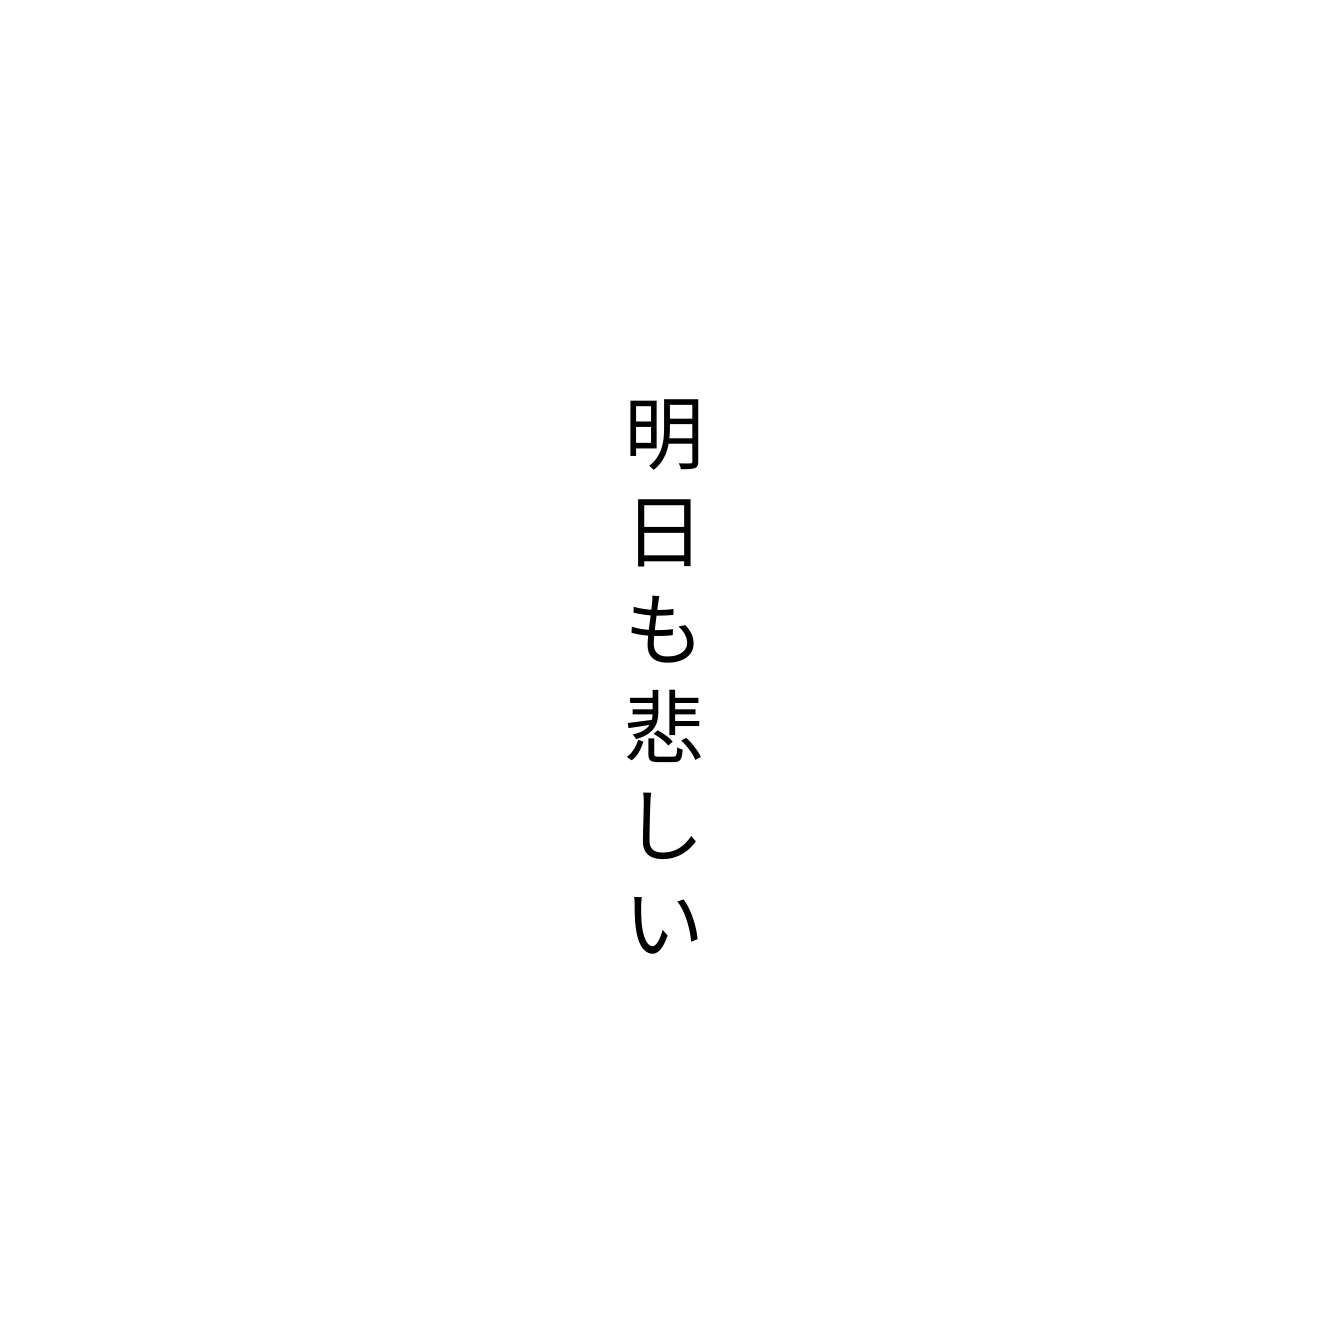
明日も悲しい